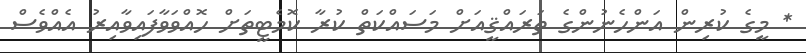
* މީގެ ކުރިން އަންހެނުންގެ ތަރައްޤީއަށް މަސައްކަތް ކުރާ ކޮމެޓީތަށް ހޮއްވަވާފައިވާއިރު އެއްވެސް